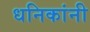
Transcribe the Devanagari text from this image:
धनिकांनी